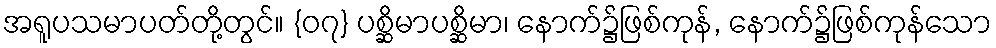
အရူပသမာပတ်တို့တွင်။ {၀၇} ပစ္ဆိမာပစ္ဆိမာ၊ နောက်၌ဖြစ်ကုန်, နောက်၌ဖြစ်ကုန်သော